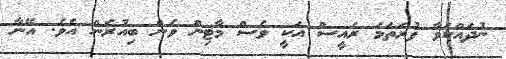
ނުދައްކަވާ ފުރަތަމަ ރައީސް އަކީ ވެސް މާޓިން ވެން ބިއުރެން އެވެ. އޭނާ